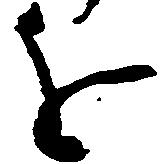
を